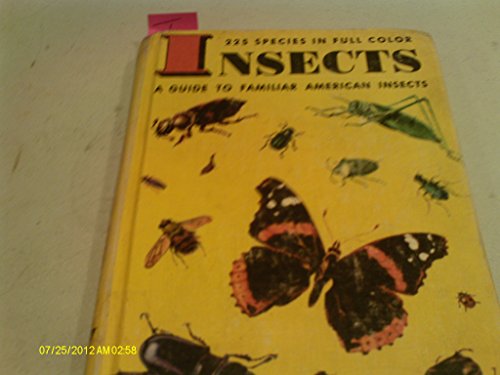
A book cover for Insects, a Guide to Familiar American Insects (225 Species in Full Color, a Golden Nature Guide); Herbert s. Zim and Clarence Cottam; Sports & Outdoors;